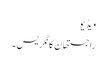
ویڈیو
راجستھان کانگریس۔